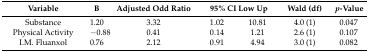
| Variable | B | Adjusted Odd Ratio | <COLSPAN=2> 95% CI Low Up | Wald (df) | p-Value |
 | --- | --- | --- | --- | --- | --- | --- |
 | Substance | 1.20 | 3.32 | 1.02 | 10.81 | 4.0 (1) | 0.047 |
 | Physical Activity | −0.88 | 0.41 | 0.14 | 1.21 | 2.6 (1) | 0.107 |
 | I.M. Fluanxol | 0.76 | 2.12 | 0.91 | 4.94 | 3.0 (1) | 0.082 |